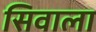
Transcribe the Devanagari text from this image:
सिवाला